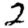
Digit: 2